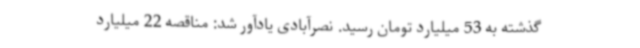
گذشته به 53 میلیارد تومان رسید. نصرآبادی یادآور شد: مناقصه 22 میلیارد